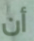
أن